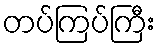
တပ်ကြပ်ကြီး